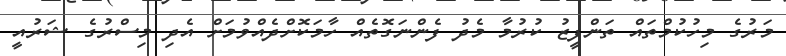
މަރުގެ މިހުކުމްތައް ތަންފީޒު ކުރުމާ މެދު ފެންނަގޮތެއް ހާމަކޮށްދެއްވުމަށް އެދި މިސްރުގެ ޝަރުއީ